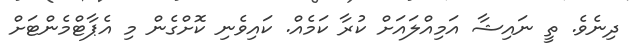
ދިނެވެ. ތީ ނައިޝާ އަމިއްލައަށް ކުރާ ކަމެއް. ކައިވެނި ކޮށްގެން މި އެޕާޓްމެންޓަށް